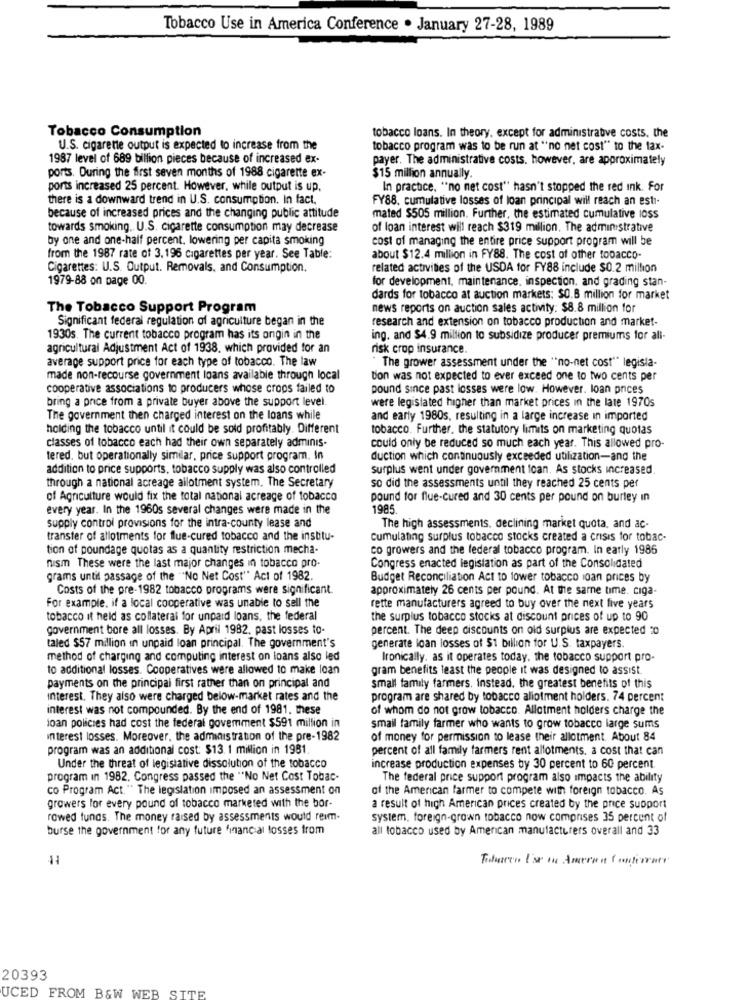
Tobacco Use in America Conference . January 27-28, 1989
Tobacco Consumption
tobacco loans. In theory. except for administrative costs, the
U.S. cigarette output is expected to increase from the
tobacco program was to be run at "no net cost" to the tax-
1987 level of 689 billion pieces because of increased ex-
payer. The administrative costs. however, are approximately
ports. During the first seven months of 1988 cigarette ex-
$15 million annually.
ports increased 25 percent. However, while output is up,
In practice. "no net cost" hasn't stopped the red ink. For
there is a downward trend in U.S. consumption. In fact,
FY88. cumulative losses of loan principal will reach an esti-
because of increased prices and the changing public attitude
mated $505 million. Further, the estimated cumulative IOSS
towards smoking. U.S. cigarette consumption may decrease
of loan interest will reach $319 million, The administrative
by one and one-half percent, lowering per capita smoking
cost of managing the entire price support program will be
from the 1987 rate of 3. 196 cigarettes per year. See Table:
about $12.4 million in FY88. The cost of other tobacco-
Cigarettes: U.S. Output. Removals, and Consumption.
related activities of the USDA for FY88 include $0.2 million
1979-88 on page 00.
for development, maintenance, inspection, and grading stan-
dards for tobacco at auction markets: $0.6 million for market
The Tobacco Support Program
news reports on auction sales activity: $8.8 million for
Significant federal regulation of agriculture began in the
research and extension on tobacco production and market-
1930s. The current tobacco program has its ongin in the
ing. and $4.9 million to subsidize producer premiums for all-
agricultural Adjustment Act of 1938, which provided for an
risk crop insurance.
average support price for each type of tobacco. The law
The grower assessment under the "no-net cost"" legisla-
made non-recourse government loans available through local
tion was not expected to ever exceed one to two cents per
cooperative associations to producers whose crops failed to
pound since past losses were low. However. loan prices
bring a price from a private buyer above the support level.
were legislated higher than market prices in the late 1970s
The government then charged interest on the loans while
and early 1980s, resulting in a large increase In imported
holding the tobacco until it could be sold profitably. Different
tobacco. Further. the statutory limits on marketing quotas
classes of tobacco each had their own separately adminis.
could only be reduced so much each year. This allowed pro-
tered, but operationally similar, price support program. In
duction which continuously exceeded utilization-and the
addition to price supports, tobacco supply was also controlled
surplus went under government loan. As stocks increased.
through a national acreage allotment system. The Secretary
so did the assessments until they reached 25 cents per
of Agriculture would fix the total national acreage of tobacco
pound for flue-cured and 30 cents per pound on burley in
every year. In the 1960s several changes were made in the
1985
supply control provisions for the intra-county lease and
The high assessments. declining market quota, and ac-
transfer of allotments for flue-cured tobacco and the institu-
Cumulating surplus tobacco stocks created a crisis for tobac-
tion of poundage quotas as a quantity restriction mecha-
co growers and the federal tobacco program. In early 1986
nism These were the last major changes in tobacco pro-
Congress enacted legislation as part of the Consolidated
grams until passage of the "No Net Cost" Act of 1982.
Budget Reconciliation Act to lower tobacco loan prices by
Costs of the pre-1982 tobacco programs were significant.
approximately 26 cents per pound. At the same time. ciga-
For example, if a local cooperative was unable to sell the
rette manufacturers agreed to buy over the next five years
tobacco it held as collateral for unpaid loans, the federal
the surplus tobacco stocks at discount prices of up to 90
government bore all losses. By April 1982, past losses to-
percent. The deep discounts on old surplus are expected 20
taled $57 million in unpaid loan principal. The government's
generate loan losses of $1 billion for U.S. taxpayers.
method of charging and computing interest on loans also led
Ironically. as it operates today, the tobacco support pro-
to additional losses. Cooperatives were allowed to make loan
gram benefits least the people it was designed to assist.
payments on the principal first rather than on principal and
small family farmers. Instead, the greatest benefits of this
interest. They also were charged below-market rates and the
program are shared by tobacco allotment holders. 74 percent
interest was not compounded. By the end of 1981. these
of whom do not grow tobacco. Allotment holders charge the
joan policies had cost the federal govemment $591 million in
small family farmer who wants to grow tobacco large sums
interest losses. Moreover, the administration of the pre-1982
of money for permission to lease their allotment. About 84
program was an additional cost: $13. 1 million in 1981
percent of all family farmers rent allotments. a cost that can
Under the threat of legislative dissolution of the tobacco
increase production expenses by 30 percent to 60 percent.
program In 1982. Congress passed the "No Net Cost Tobac-
The federal price support program also impacts the ability
co Program Act." The legislation imposed an assessment on
of the American farmer to compete with foreign tobacco. As
growers for every pound of tobacco marketed with the bor-
a result of high American prices created by the price support
rowed tunas. The money raised by assessments would reim.
system. foreign-grown tobacco now comprises 35 percent of
burse the government for any future financial losses from
all tobacco used by American manufacturers overall and 33
20393
UCED FROM B&W WEB SITE